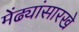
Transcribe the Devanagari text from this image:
मेंढ्यांसारखे